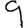
Digit: 9